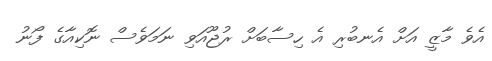
އެވެ މާޒީ އަށް އެނބުރި އެ ހިސާބަށް ރުޖޫއަވި ނަމަވެސް ނޮކިއާގެ ފޯނު